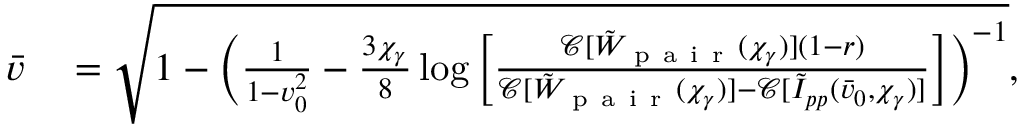
\begin{array} { r l } { \bar { v } } & { { } = \sqrt { 1 - \biggl ( \frac { 1 } { 1 - v _ { 0 } ^ { 2 } } - \frac { 3 \chi _ { \gamma } } { 8 } \log { \biggl [ \frac { \mathcal { C } [ \tilde { W } _ { \mathrm { ~ p ~ a ~ i ~ r ~ } } ( \chi _ { \gamma } ) ] ( 1 - r ) } { \mathcal { C } [ \tilde { W } _ { \mathrm { ~ p ~ a ~ i ~ r ~ } } ( \chi _ { \gamma } ) ] - \mathcal { C } [ \tilde { I } _ { p p } ( \bar { v } _ { 0 } , \chi _ { \gamma } ) ] } \biggr ] } \biggr ) ^ { - 1 } } , } \end{array}